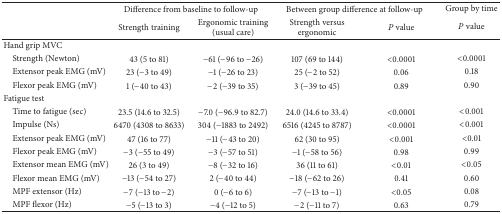
|  | <COLSPAN=2> Difference from baseline to follow-up | <COLSPAN=2> Between group difference at follow-up | Group by time |
 |  | Strength training | Ergonomic training (usual care) | Strength versus ergonomic | P value | P value |
 | --- | --- | --- | --- | --- | --- |
 | Hand grip MVC |  |  |  |  |  |
 | Strength (Newton) | 43 (5 to 81) | −61 (−96 to −26) | 107 (69 to 144) | <0.0001 | <0.0001 |
 | Extensor peak EMG (mV) | 23 (−3 to 49) | −1 (−26 to 23) | 25 (−2 to 52) | 0.06 | 0.18 |
 | Flexor peak EMG (mV) | 1 (−40 to 43) | −2 (−39 to 35) | 3 (−39 to 45) | 0.89 | 0.90 |
 | Fatigue test |  |  |  |  |  |
 | Time to fatigue (sec) | 23.5 (14.6 to 32.5) | −7.0 (−96.9 to 82.7) | 24.0 (14.6 to 33.4) | <0.0001 | <0.001 |
 | Impulse (Ns) | 6470 (4308 to 8633) | 304 (−1883 to 2492) | 6516 (4245 to 8787) | <0.0001 | <0.001 |
 | Extensor peak EMG (mV) | 47 (16 to 77) | −11 (−43 to 20) | 62 (30 to 95) | <0.001 | <0.01 |
 | Flexor peak EMG (mV) | −3 (−55 to 49) | −3 (−57 to 51) | −1 (−58 to 56) | 0.98 | 0.99 |
 | Extensor mean EMG (mV) | 26 (3 to 49) | −8 (−32 to 16) | 36 (11 to 61) | <0.01 | <0.05 |
 | Flexor mean EMG (mV) | −13 (−54 to 27) | 2 (−40 to 44) | −18 (−62 to 26) | 0.41 | 0.60 |
 | MPF extensor (Hz) | −7 (−13 to −2) | 0 (−6 to 6) | −7 (−13 to −1) | <0.05 | 0.08 |
 | MPF flexor (Hz) | −5 (−13 to 3) | −4 (−12 to 5) | −2 (−11 to 7) | 0.63 | 0.79 |